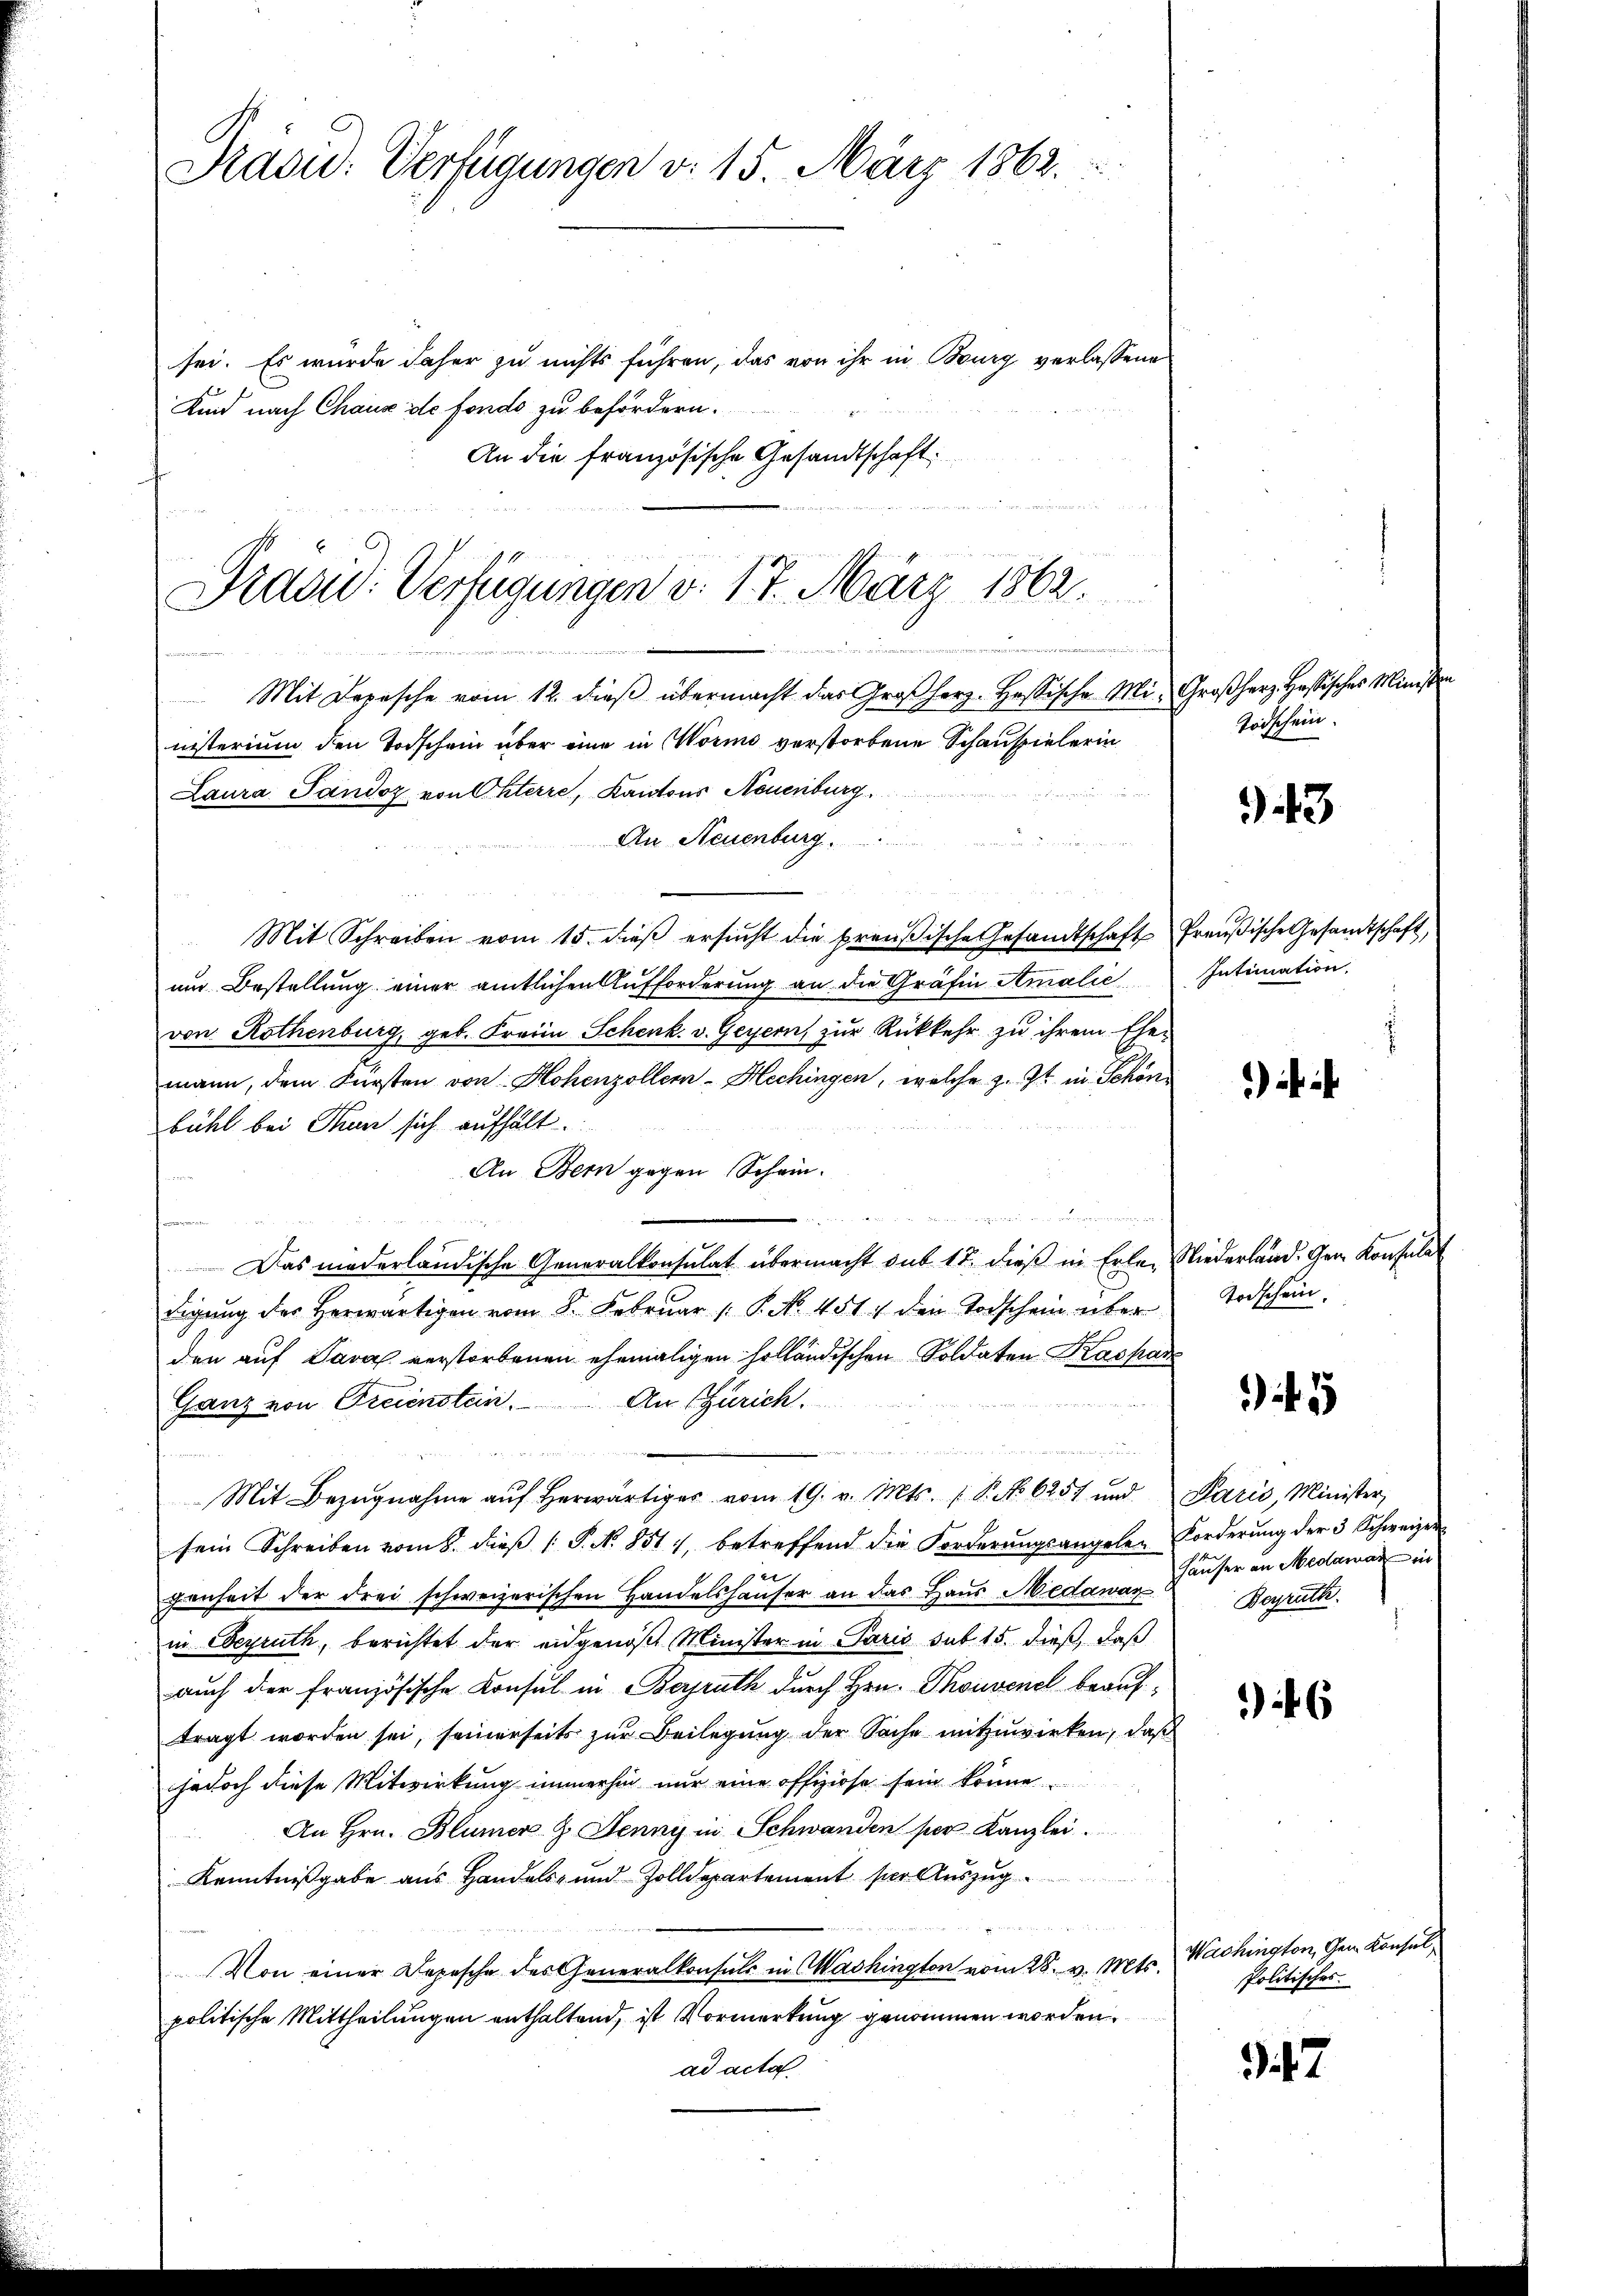
Präsid. Verfügungen v. 15. März 1862.

sei. Es wurde daher zu nichts führen, das von ihr in Burg verlassene
Kind nach Chaux de fondo zu befördern.
An die französische Gesandtschaft

Präsid: Verfügungen d. 17. März 1862.

.
Mit Depesche vom 12. dieß übermacht das Großherz-Hessische Mi-Großherz. Hassisches Ministen
nisterium den Todschein über eine in Worms verstorbene Schauspielerin
Laura Pandoz von Ghterre, Kantons Neuenburg
An Neuenburg
Mit Schreiben vom 15. dieβ ersŭcht die preußische Gesandtschaft Preußische Gesandtschaft,
um Bestellung einer amtlichen Aufforderung an die Gräfin Amalie Intimation.
von Rothenburg, geb. Frauen Schenk. v. Geyern, zur Rückkehr zu ihrem Ehemann, dem Fürsten von Hohenzollen-Hechingen, welche z. Zt. in Schönbühl bei Thun sich aufhält.
An Bern gegen Schein.
n
Das mederländische Generalkonsulat übermacht sub 17. dieβ in Erlen Niederland. Gem. Konsulat
digung des Herwärtigen vom 8. Februar 1 P. No. 451. den Todschein über
den auf Java verstorbenen ehemaligen holländischen Soldaten Kaspar
Ganz von Freienstein. An (Zürich.
u
Mit Bezŭgnahme aŭf herwärtiger vom 19. v. Mts. 1 S. No. 6257 und Paris, Minister,
sein Schreiben vom 8. dieβ (: P. No. 851, betreffend die Forderŭngsangele-Forderŭng der 3 Schweizer
genheit der drei schweizerischen Handelshäuser an das Haus Medawar
in Degruth, berichtet der eidgenoß Minister in Paris sub 15. dieß, daß
auch der französische Konsul in Bergrath durch Hrn. Thouvenel beauftragt worden sei, seinerseits zur Beilegung der Sache mitzuwirken, daß
jedoch diese Mitwirkung immerhin nur eine offiziöse sein könne.
An Hrn. Blümer G. Jenny in Schwanden per Kanzlei.
Kenntnißgabe aus Handels- und Zolldepartement per Auszug

Von einer Depesche des Generalkonsuls in Washington vom 28. v. Mts.
politische Mittheilungen enthaltend, ist Vormerkung genommen worden.
ad acta

Todschein.

3

) ihr ich

Todschein.

3

Häuser an Medawar in
Beyrath.

6

Wachington, Gem. Konsul
Politisches.

. 47